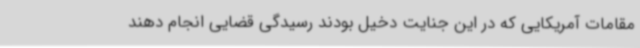
مقامات آمریکایی که در این جنایت دخیل بودند رسیدگی قضایی انجام دهند